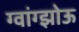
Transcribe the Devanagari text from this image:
ग्वांग्झोऊ